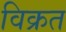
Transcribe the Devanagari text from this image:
विक्रत